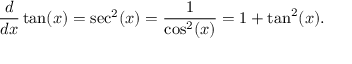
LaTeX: { \frac { d } { d x } } \tan ( x ) = \sec ^ { 2 } ( x ) = { \frac { 1 } { \cos ^ { 2 } ( x ) } } = 1 + \tan ^ { 2 } ( x ) .